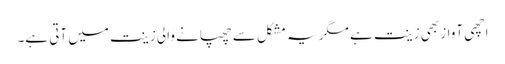
اچھی آواز بھی زینت ہے مگر یہ مشکل سے چھپانے والی زینت میں آتی ہے۔